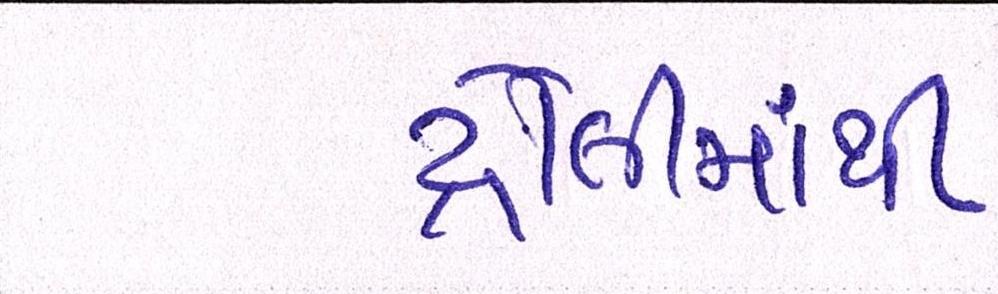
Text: ટ્રોલીમાંથી